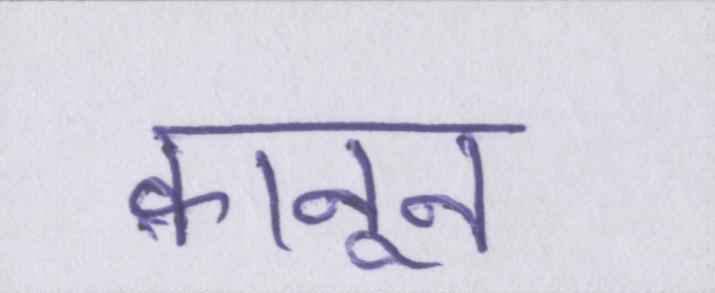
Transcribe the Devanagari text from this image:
क़ानून